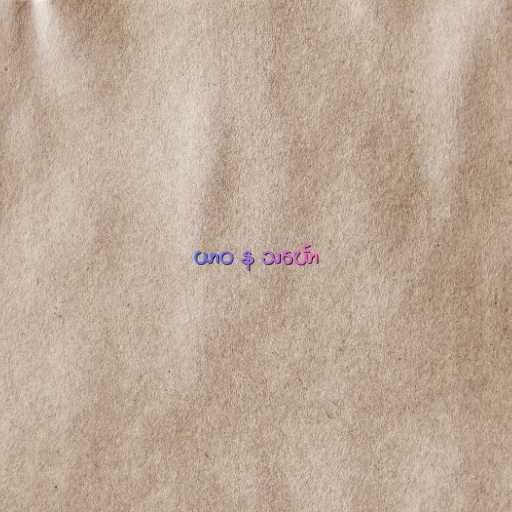
ယာဝ န သင်္ဃော